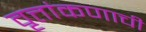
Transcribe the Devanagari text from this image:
वृत्तांकणाची